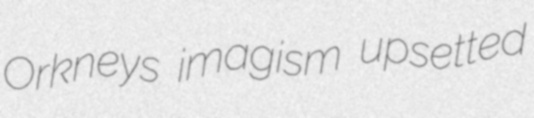
Orkneys imagism upsetted